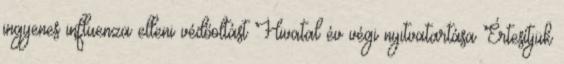
ingyenes influenza elleni védőoltást Hivatal év végi nyitvatartása Értesítjük